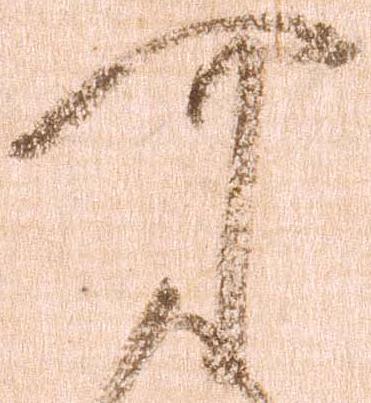
可